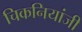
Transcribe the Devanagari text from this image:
चिकनियांजी